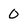
Character: 0